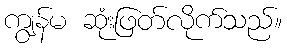
ကျွန်မ ဆုံးဖြတ်လိုက်သည်။